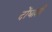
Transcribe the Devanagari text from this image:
दोंघांशी